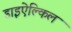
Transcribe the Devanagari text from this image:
डाइऐल्किल